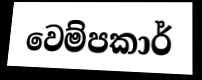
වෙම්පකාර්